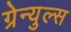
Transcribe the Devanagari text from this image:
ग्रेन्युल्स